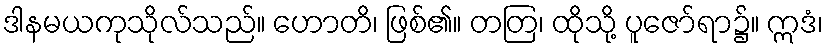
ဒါနမယကုသိုလ်သည်။ ဟောတိ၊ ဖြစ်၏။ တတြ၊ ထိုသို့ ပူဇော်ရာ၌။ ဣဒံ၊